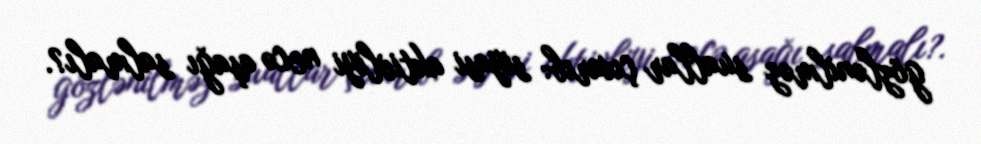
gözlənilməz suallar çıxarıb: siyasi aktivliyi necə aşağı salmalı?.